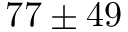
7 7 \pm 4 9